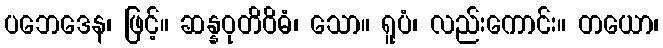
ပဘေဒေန၊ ဖြင့်။ ဆန္နဝုတိဝိဓံ၊ သော။ ရူပံ၊ လည်းကောင်း။ တယော၊